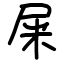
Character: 屎